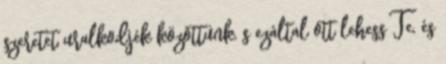
szeretet uralkodjék közöttünk, s ezáltal ott lehess Te, és